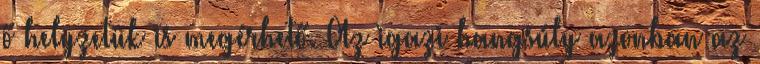
ő helyzetük is megérhető. Az igazi hangsúly azonban az